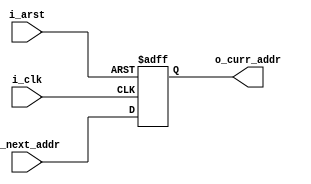
// Module: program_counter.v
// Project: Single-cycle MIPS processor in Verilog HDL.	
// Description: Program counter for a single-cycle MIPS processor.

module program_counter(i_clk, i_arst, i_next_addr, o_curr_addr); 

input i_clk;
input i_arst;
input [31:0] i_next_addr;
output reg [31:0] o_curr_addr;

always @(posedge i_clk, posedge i_arst) 
	if(i_arst) begin
		o_curr_addr <= 32'd0;
	end else begin
		o_curr_addr <= i_next_addr;
	end
endmodule